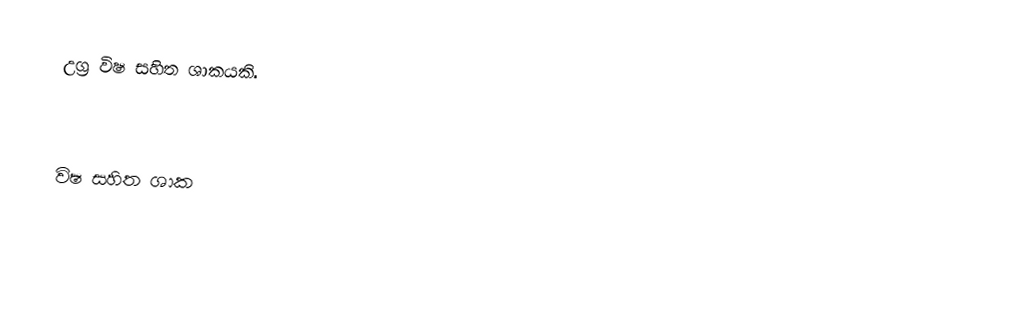
උග්‍ර විෂ සහිත ශාකයකි.

විෂ සහිත ශාක